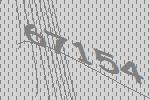
67154